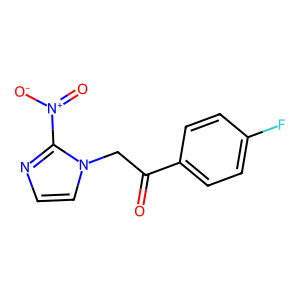
SMILES: O=C(Cn1ccnc1[N+](=O)[O-])c1ccc(F)cc1
Inhibits HIV replication: No